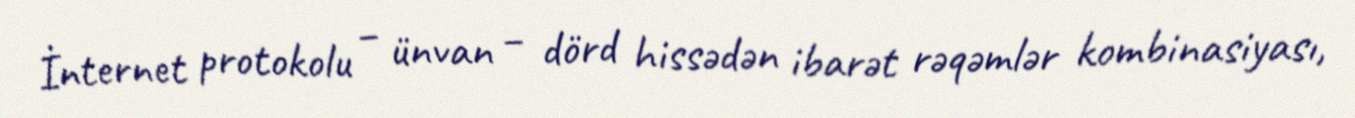
İnternet protokolu – ünvan – dörd hissədən ibarət rəqəmlər kombinasiyası,